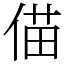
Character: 㑤